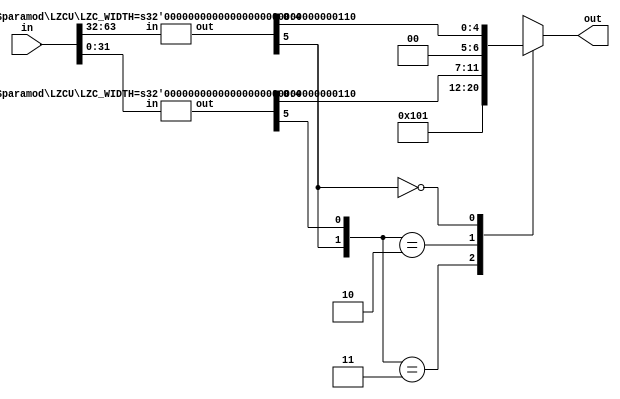
module LZCU #(
        parameter LZC_WIDTH = 7,
        parameter I_WIDTH = 2**(LZC_WIDTH-1)
)(
        output reg [LZC_WIDTH-1:0] out,
        input wire [I_WIDTH-1:0] in
);

generate
        if(I_WIDTH == 2) begin: blk_end
                always @*
                        case(in)
                                2'b00: out = 2'd2;
                                2'b01: out = 2'd1;
                                2'b10: out = 2'd0;
                                2'b11: out = 2'd0;
                        endcase
        end
        else begin: blk_nonend
                wire [LZC_WIDTH-2:0] o0, o1;
                LZCU #(.LZC_WIDTH(LZC_WIDTH-1)) u0(.in(in[I_WIDTH-1:I_WIDTH/2]), .out(o0));
                LZCU #(.LZC_WIDTH(LZC_WIDTH-1)) u1(.in(in[I_WIDTH/2-1:0]), .out(o1));
                always @*
                        casex({o0[LZC_WIDTH-2], o1[LZC_WIDTH-2]})
                                {1'b1, 1'b1}: out = {1'b1, {(LZC_WIDTH-1){1'b0}}};
                                {1'b1, 1'b0}: out = {2'b01, o1[LZC_WIDTH-3:0]};
                                {1'b0, 1'bx}: out = {2'b00, o0[LZC_WIDTH-3:0]};
                        endcase
        end
endgenerate
endmodule